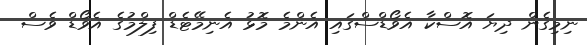
ނިމިގެން ދިޔަ އޮސްކާ އެވޯޑްސްގައި އެންމެ މޮޅު އެނިމޭޓެޑް ފިލްމުގެ އެވޯޑް ވެސް